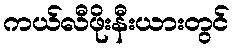
ကယ်လီဖိုးနီးယားတွင်